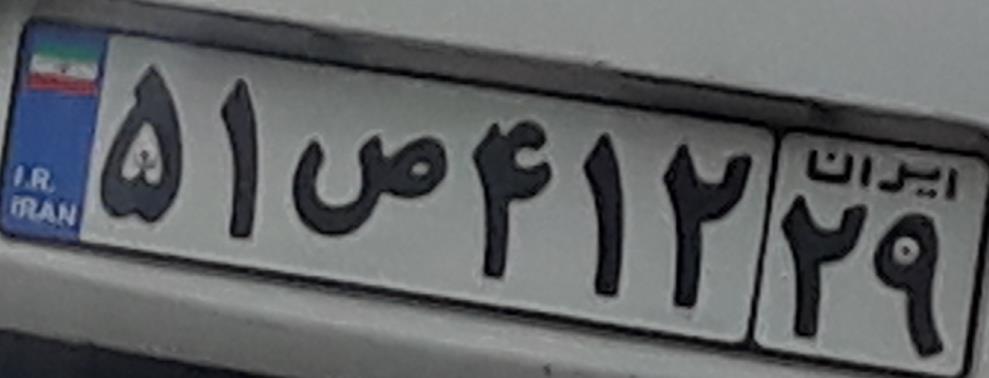
۵۱ص۴۱۲۲۹